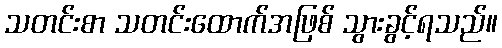
သတင်းစာ သတင်းထောက်အဖြစ် သွားခွင့်ရသည်။